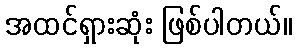
အထင်ရှားဆုံး ဖြစ်ပါတယ်။